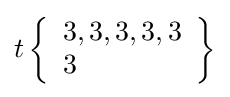
t\left\{{\begin{array}{l}3,3,3,3,3\\3\end{array}}\right\}